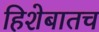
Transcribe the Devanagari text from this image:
हिशेबातच